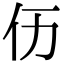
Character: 𠆮